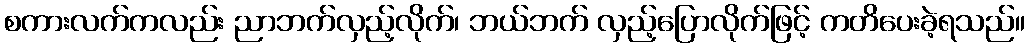
စကားလက်ကလည်း ညာဘက်လှည့်လိုက်၊ ဘယ်ဘက် လှည့်ပြောလိုက်ဖြင့် ကတိပေးခဲ့ရသည်။